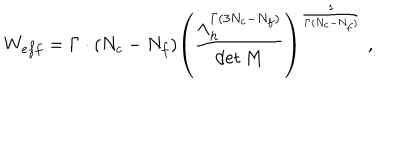
LaTeX: W _ { e f f } = \Gamma \cdot ( N _ { c } - N _ { f } ) \left( \frac { \Lambda _ { h } ^ { \Gamma ( 3 N _ { c } - N _ { f } ) } } { \det M } \right) ^ { \frac { 1 } { \Gamma ( N _ { c } - N _ { f } ) } } \; ,